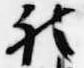
被